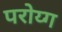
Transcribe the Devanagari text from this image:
परोय्ग